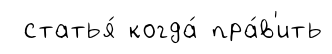
статья́ когда́ пра́в'ить